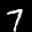
Label: 7